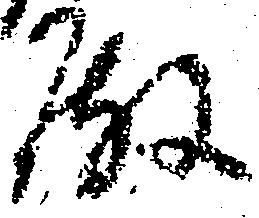
殿